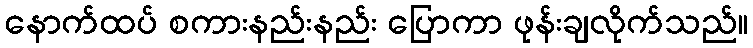
နောက်ထပ် စကားနည်းနည်း ပြောကာ ဖုန်းချလိုက်သည်။